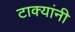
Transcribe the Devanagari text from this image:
टाक्यांनी